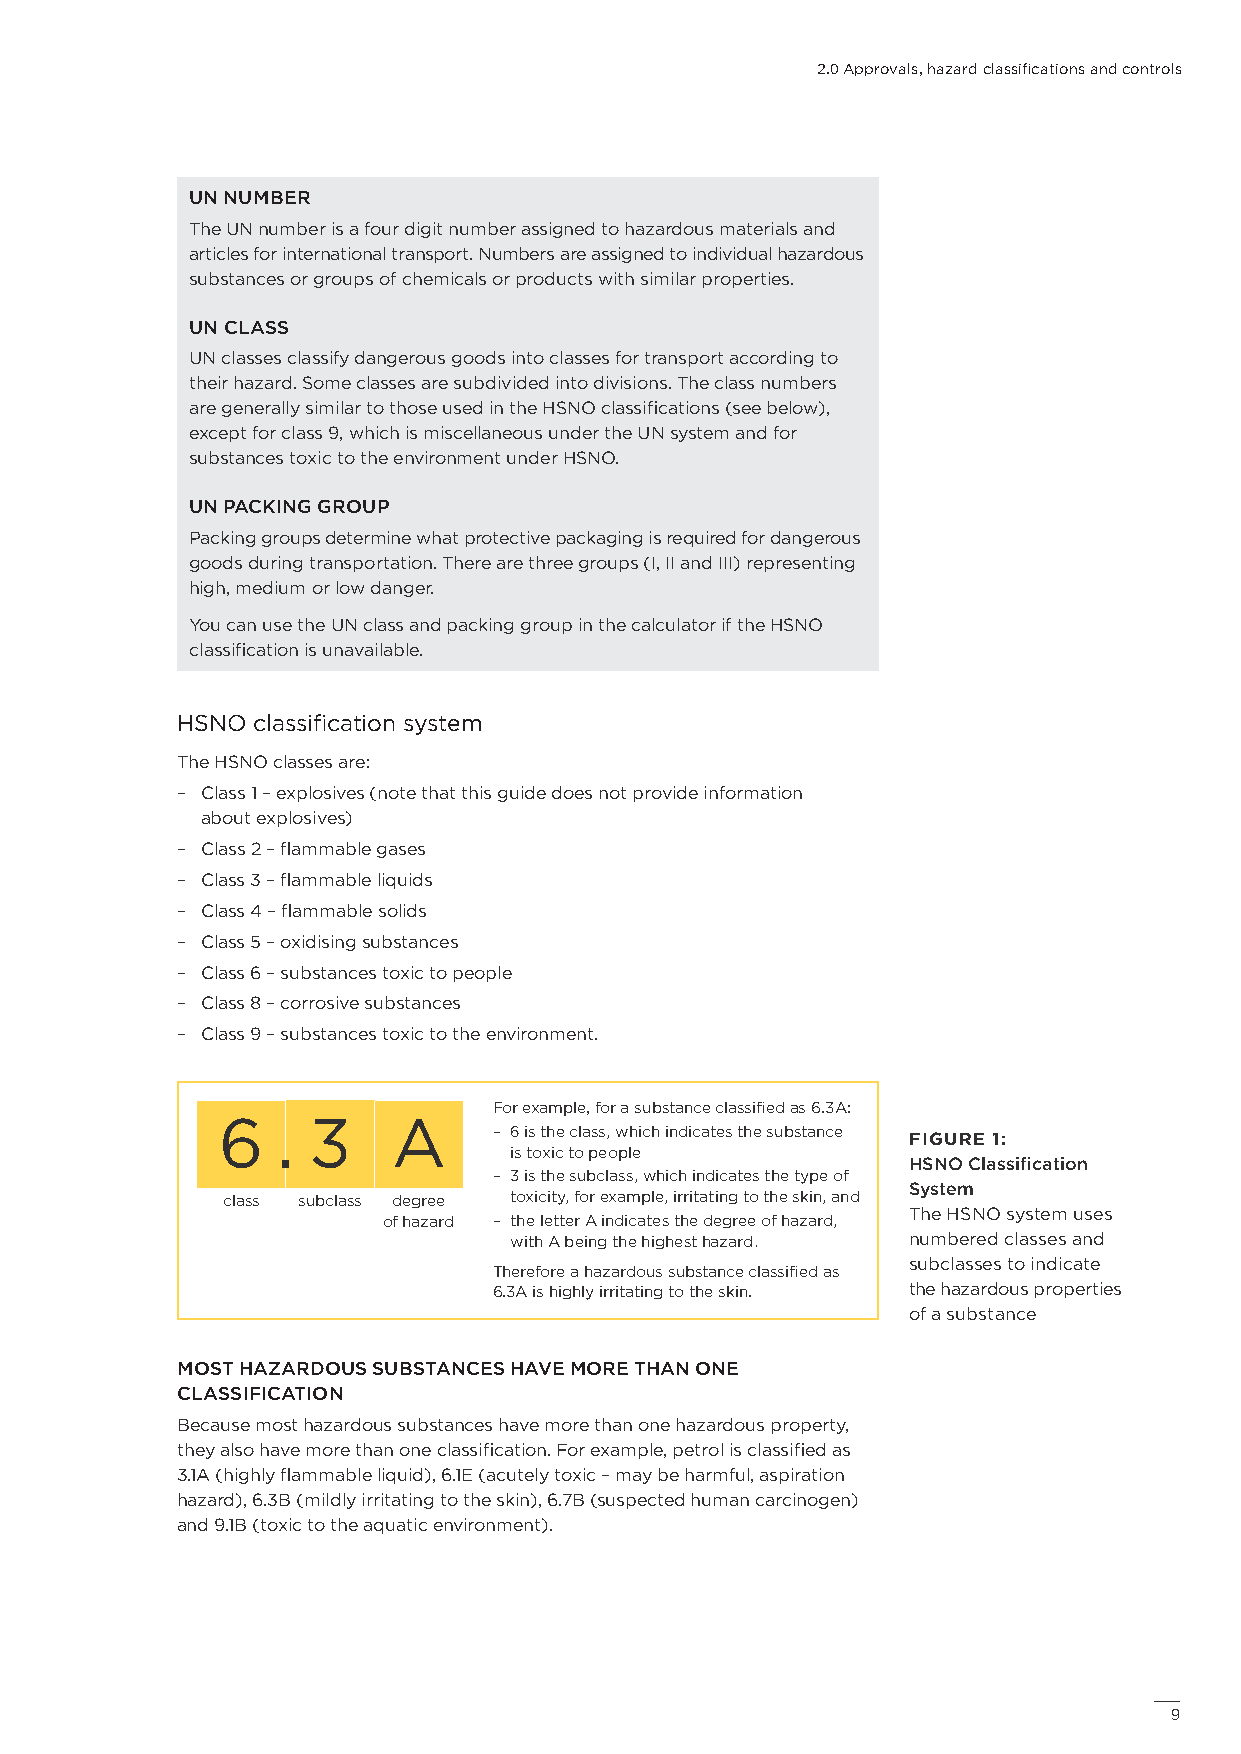
2.0 Approvals, hazard classifications and controls
 UN NUMBER
 The UN number is a four digit number assigned to hazardous materials and
 articles for international transport. Numbers are assigned to individual hazardous
 substances or groups of chemicals or products with similar properties.
 UN CLASS
 UN classes classify dangerous goods into classes for transport according to
 their hazard. Some classes are subdivided into divisions. The class numbers
 are generally similar to those used in the HSNO classifications (see below),
 except for class 9, which is miscellaneous under the UN system and for
 substances toxic to the environment under HSNO.
 UN PACKING GROUP
 Packing groups determine what protective packaging is required for dangerous
 goods during transportation. There are three groups (I, II and III) representing
 high, medium or low danger.
 You can use the UN class and packing group in the calculator if the HSNO
 classification is unavailable.
 HSNO classification system
 The HSNO classes are:
 – Class 1 – explosives (note that this guide does not provide information
 about explosives)
 – Class 2 – flammable gases
 – Class 3 – flammable liquids
 – Class 4 – flammable solids
 – Class 5 – oxidising substances
 – Class 6 – substances toxic to people
 – Class 8 – corrosive substances
 – Class 9 – substances toxic to the environment.
 For example, for a substance classified as 6.3A:
 6   . 3     A
 – 6 is the class, which indicates the substance
 FIGURE 1:
 is toxic to people
 HSNO Classification
 – 3 is the subclass, which indicates the type of
 System
 class subclass degree toxicity, for example, irritating to the skin, and
 The HSNO system uses
 of hazard – the letter A indicates the degree of hazard,
 with A being the highest hazard. numbered classes and
 subclasses to indicate
 Therefore a hazardous substance classified as
 6.3A is highly irritating to the skin. the hazardous properties
 of a substance
 MOST HAZARDOUS SUBSTANCES HAVE MORE THAN ONE
 CLASSIFICATION
 Because most hazardous substances have more than one hazardous property,
 they also have more than one classification. For example, petrol is classified as
 3.1A (highly flammable liquid), 6.1E (acutely toxic – may be harmful, aspiration
 hazard), 6.3B (mildly irritating to the skin), 6.7B (suspected human carcinogen)
 and 9.1B (toxic to the aquatic environment).
 99